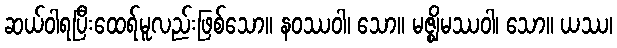
ဆယ်ဝါရပြီးထေရ်မူလည်းဖြစ်သော။ နဝဿဝါ၊ သော။ မဇ္ဈိမဿဝါ၊ သော။ ယဿ၊